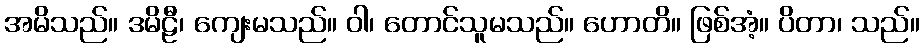
အမိသည်။ ဒမိဠီ၊ ကျေးမသည်။ ဝါ၊ တောင်သူမသည်။ ဟောတိ။ ဖြစ်အံ့။ ပိတာ၊ သည်။